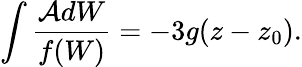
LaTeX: \int\frac{\mathcal{A}dW}{f(W)}=-3g(z-z_{0}).